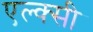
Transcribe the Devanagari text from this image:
एल्क्सी